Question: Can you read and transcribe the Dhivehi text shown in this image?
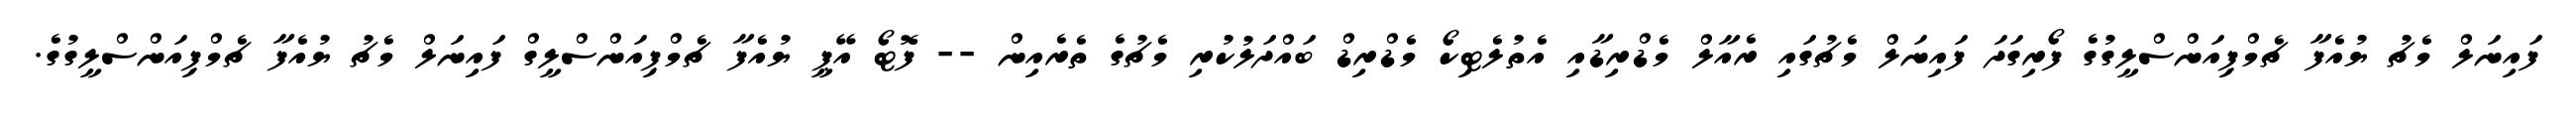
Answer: ފައިނަލް މެޗު ޔުއެފާ ޗެމްޕިއަންސްލީގުގެ ފޯރިގަދަ ފައިނަލް މެޗުގައި ރެއާލް މެޑްރިޑާއި އެތުލެޓިކޯ މެޑްރިޑް ބައްދަލުކުރި މެޗުގެ ތެރެއިން -- ފޮޓޯ އޭޕީ ޔުއެފާ ޗެމްޕިއަންސްލީގް ފައިނަލް މެޗު ޔުއެފާ ޗެމްޕިއަންސްލީގުގެ.